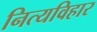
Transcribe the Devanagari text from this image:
नित्यविहार